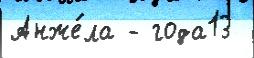
Анже́ла - года13